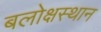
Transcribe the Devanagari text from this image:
बलोक्षस्थान